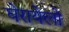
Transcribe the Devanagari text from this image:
घेरायेलो